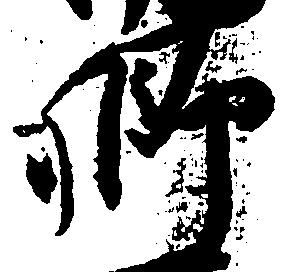
郷